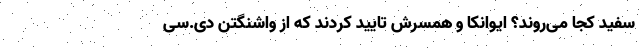
سفید کجا می‌روند؟ ایوانکا و همسرش تایید کردند که از واشنگتن دی.سی